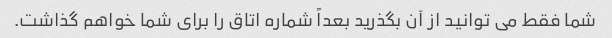
شما فقط می توانید از آن بگذرید بعداً شماره اتاق را برای شما خواهم گذاشت.